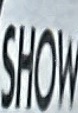
SHOW